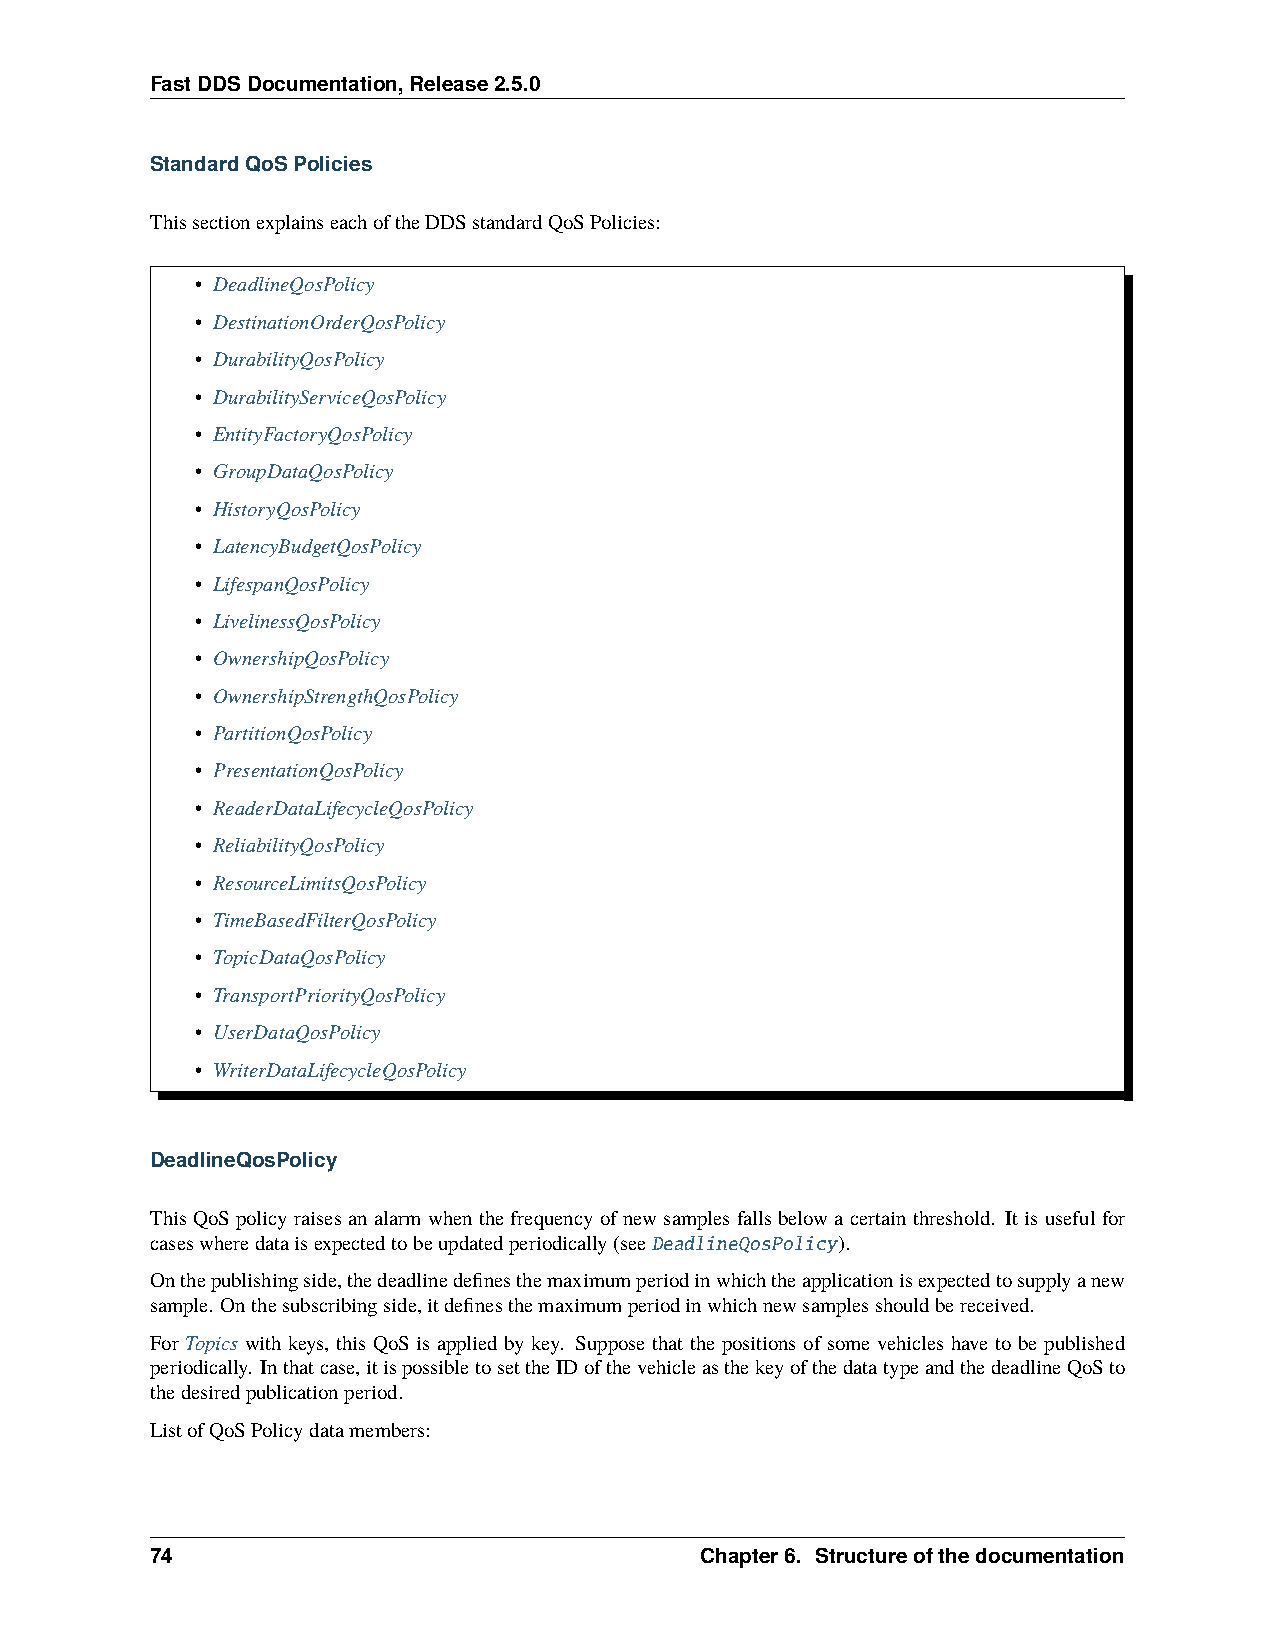
FastDDSDocumentation,Release2.5.0
 StandardQoSPolicies
 ThissectionexplainseachoftheDDSstandardQoSPolicies:
 • DeadlineQosPolicy
 • DestinationOrderQosPolicy
 • DurabilityQosPolicy
 • DurabilityServiceQosPolicy
 • EntityFactoryQosPolicy
 • GroupDataQosPolicy
 • HistoryQosPolicy
 • LatencyBudgetQosPolicy
 • LifespanQosPolicy
 • LivelinessQosPolicy
 • OwnershipQosPolicy
 • OwnershipStrengthQosPolicy
 • PartitionQosPolicy
 • PresentationQosPolicy
 • ReaderDataLifecycleQosPolicy
 • ReliabilityQosPolicy
 • ResourceLimitsQosPolicy
 • TimeBasedFilterQosPolicy
 • TopicDataQosPolicy
 • TransportPriorityQosPolicy
 • UserDataQosPolicy
 • WriterDataLifecycleQosPolicy
 DeadlineQosPolicy
 This QoSpolicy raisesan alarm whenthe frequency ofnew samplesfalls below acertain threshold. Itis useful for
 caseswheredataisexpectedtobeupdatedperiodically(seeDeadlineQosPolicy).
 Onthepublishingside,thedeadlinedefinesthemaximumperiodinwhichtheapplicationisexpectedtosupplyanew
 sample. Onthesubscribingside,itdefinesthemaximumperiodinwhichnewsamplesshouldbereceived.
 For Topics with keys, this QoS is applied by key. Suppose that the positions of some vehicles have to be published
 periodically. Inthatcase,itispossibletosettheIDofthevehicleasthekeyofthedatatypeandthedeadlineQoSto
 thedesiredpublicationperiod.
 ListofQoSPolicydatamembers:
 74                                  Chapter6. Structureofthedocumentation